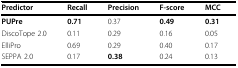
<table><thead><tr><td><b>Predictor</b></td><td><b>Recall</b></td><td><b>Precision</b></td><td><b>F-score</b></td><td><b>MCC</b></td></tr></thead><tbody><tr><td><b>PUPre</b></td><td><b>0.71</b></td><td>0.37</td><td><b>0.49</b></td><td><b>0.31</b></td></tr><tr><td>DiscoTope 2.0</td><td>0.11</td><td>0.29</td><td>0.16</td><td>0.05</td></tr><tr><td>ElliPro</td><td>0.69</td><td>0.29</td><td>0.40</td><td>0.17</td></tr><tr><td>SEPPA 2.0</td><td>0.17</td><td><b>0.38</b></td><td>0.24</td><td>0.13</td></tr></tbody></table>